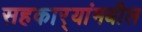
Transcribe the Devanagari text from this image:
सहकार्‍यांमधील